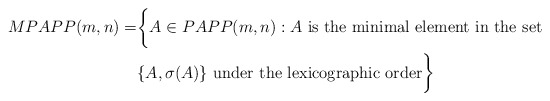
\begin{align*}MPAPP(m,n) = &\biggl\{ A \in PAPP(m,n) : A \mbox{ is the minimal element in the set } \\ &\{ A, \sigma(A) \} \mbox{ under the lexicographic order}\biggr\}\end{align*}